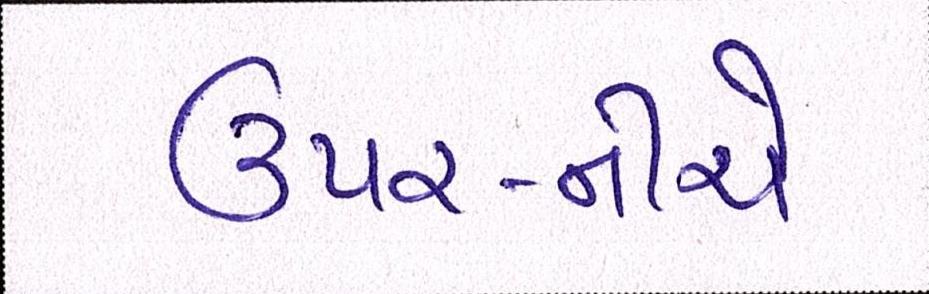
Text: ઉપર-નીચે